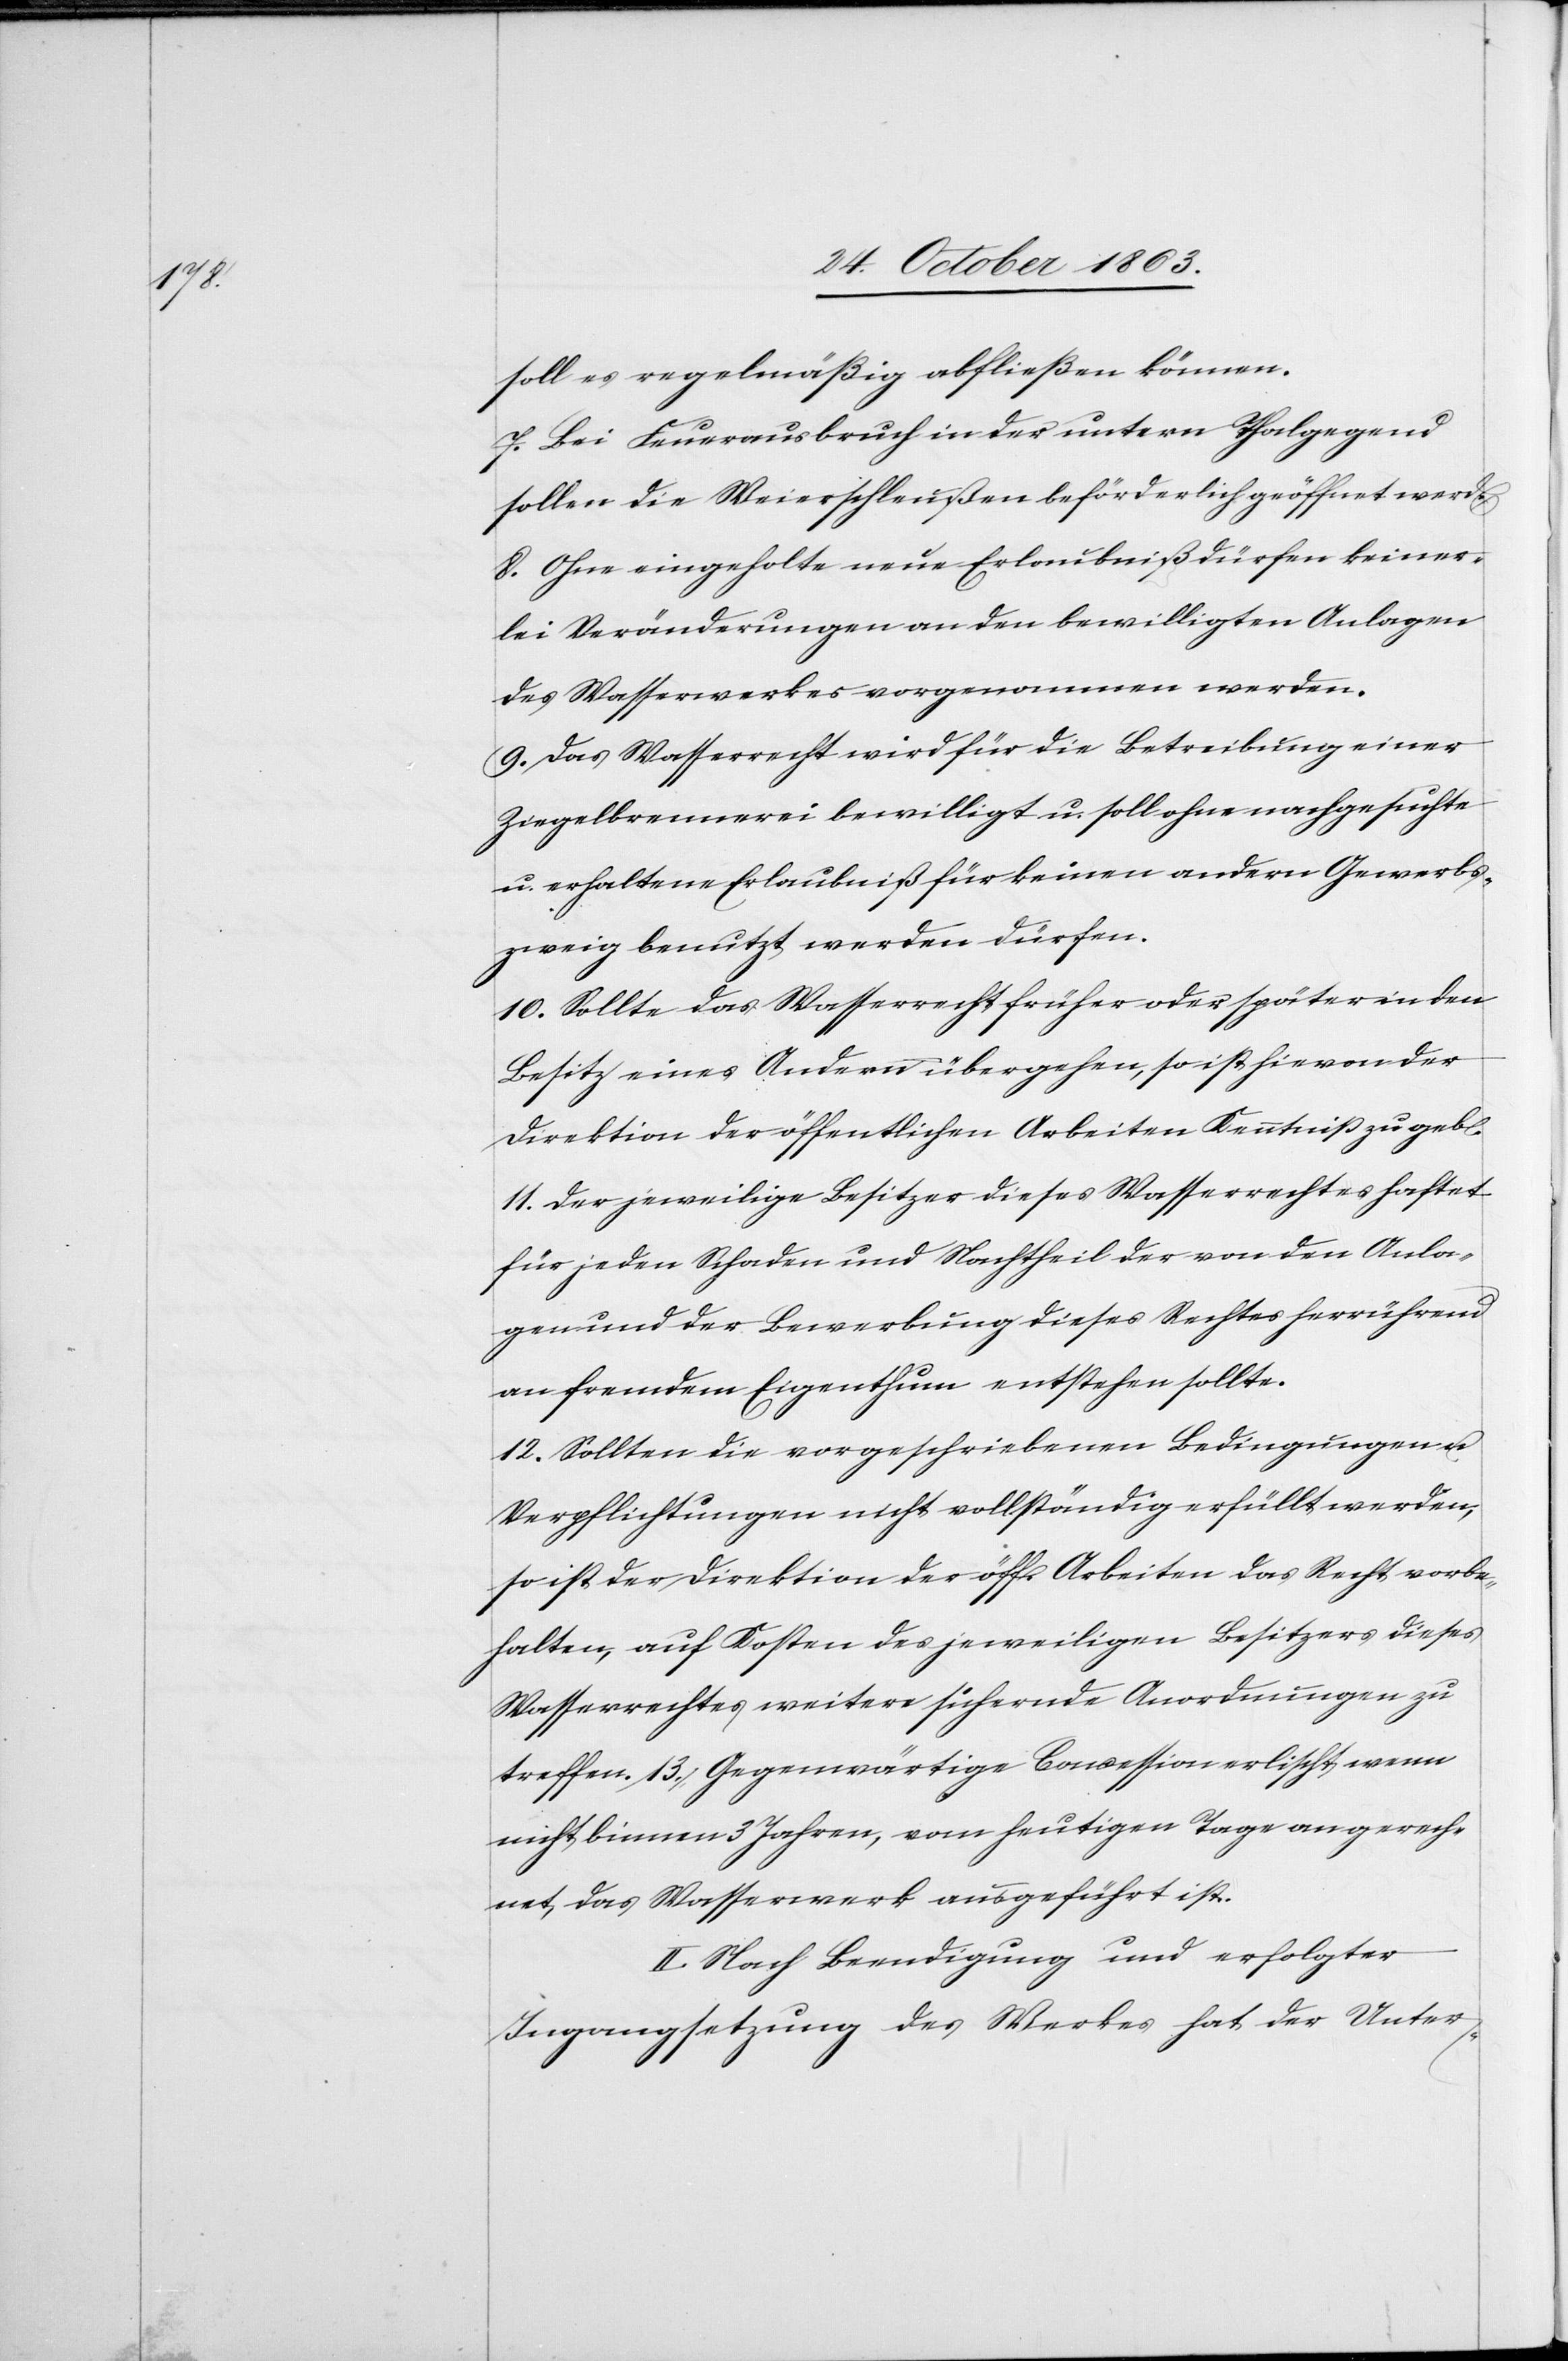
13.

soll es regelmäßig abfließen können.
n].
7. Bei Feuerausbruch in der untern Thalgegend
sollen die Weierschleußen beförderlich geöffnet werd[en].
8. Ohne eingeholte neue Erlaubniß dürfen keiner¬
lei Veränderungen an den bewilligten Anlagen
des Wasserwerkes vorgenommen werden.
9. Das Wasserrecht wird für die Betreibung einer
Ziegelbrennerei bewilligt u. soll ohne nachgesuchte
u. erhaltene Erlaubniß für keinen andern Gewerbs¬
zweig benutzt werden dürfen.
10. Sollte das Wasserrecht früher oder später in den
Besitz eines Andern übergehen, so ist hievon der
Direktion der öffentlichen Arbeiten Kenntniß zu geb[e¬
11. Der jeweilige Besitzer dieses Wasserrechtes haftet
für jeden Schaden und Nachtheil der von den Anla¬
gen und der Bewerbung dieses Rechtes herrührend
an fremdem Eigenthum entstehen sollte.
12. Sollten die vorgeschriebenen Bedingungen u.
Verpflichtungen nicht vollständig erfüllt werden,
so ist der Direktion der öff. Arbeiten das Recht vorbe¬
halten, auf Kosten des jeweiligen Besitzers dieses
Wasserrechtes weitere sichernde Anordnungen zu
nicht binnen 3 Jahren, vom heutigen Tage an gerech¬
net, das Wasserwerk ausgeführt ist.
II. Nach Beendigung und erfolgter
Ingangsetzung des Werkes hat der Unter-